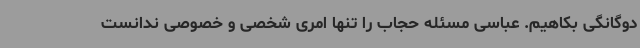
دوگانگی بکاهیم. عباسی مسئله حجاب را تنها امری شخصی و خصوصی ندانست